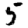
Digit: 5